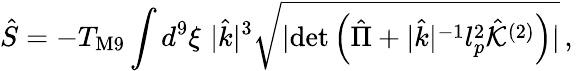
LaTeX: {\hat{S}}=-T_{\mathrm{M9}}\int d^{9}\xi\, \, |{\hat{k}}|^{3}\sqrt{|\mathrm{det}\left({\hat{\Pi}}+|{\hat{k}}|^{-1}l_{p}^{2}{\hat{\cal K}}^{(2)}\right)|}\, ,\,